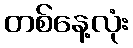
တစ်နေ့လုံး